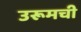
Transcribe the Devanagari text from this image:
उरूमची